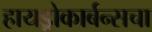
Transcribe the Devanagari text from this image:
हायड्रोकार्बन्सचा